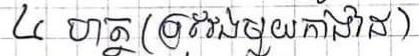
៤ ហត្ថ ( ប្រវែងមួយកាងដៃ )